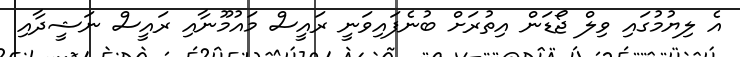
އެ ލިޔުމުގައި ވިލް ޖޯޑަން އިތުރަށް ބުނެފައިވަނީ ރައީސް މައުމޫނާއި ރައީސް ނަޝީދާއި